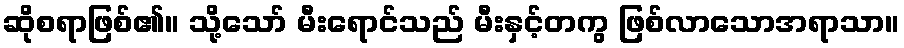
ဆိုစရာဖြစ်၏။ သို့သော် မီးရောင်သည် မီးနှင့်တကွ ဖြစ်လာသောအရာသာ။